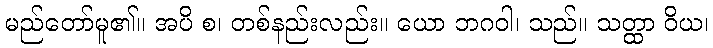
မည်တော်မူ၏။ အပိ စ၊ တစ်နည်းလည်း။ ယော ဘဂဝါ၊ သည်။ သတ္ထာ ဝိယ၊